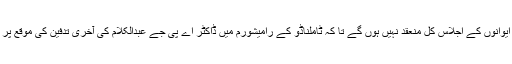
سابق صدر جمہوریہ سے اظہار عقیدت کیلئے دونوں ایوانوں کے اجلاس کل منعقد نہیں ہوں گے تا کہ ٹاملناڈو کے رامیشورم میں ڈاکٹر اے پی جے عبدالکلام کی آخری تدفین کی موقع پر ارکان پارلیمنٹ کو شرکت کا موقع فراہم کیا جاسکے۔